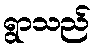
ရွာသည်